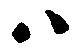
ハ